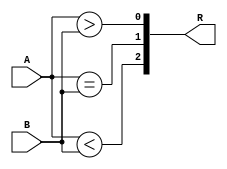
//Verilog HDL code for Comparator

module Comparator_Nbit
	#(parameter N = 4)
(
	input 	[N-1:0] A, B,
	output 	[2:0] R
);

	//010	= EQUAL
	//001 = A > B
	//100 = A < B
	
	assign R[0] = A>B;
	assign R[1] = (A==B);
	assign R[2] = A<B;

	
endmodule